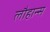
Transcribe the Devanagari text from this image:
लौहान्स